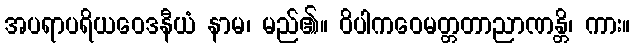
အပရာပရိယဝေဒနီယံ နာမ၊ မည်၏။ ဝိပါကဝေမတ္တတာညာဏန္တိ၊ ကား။